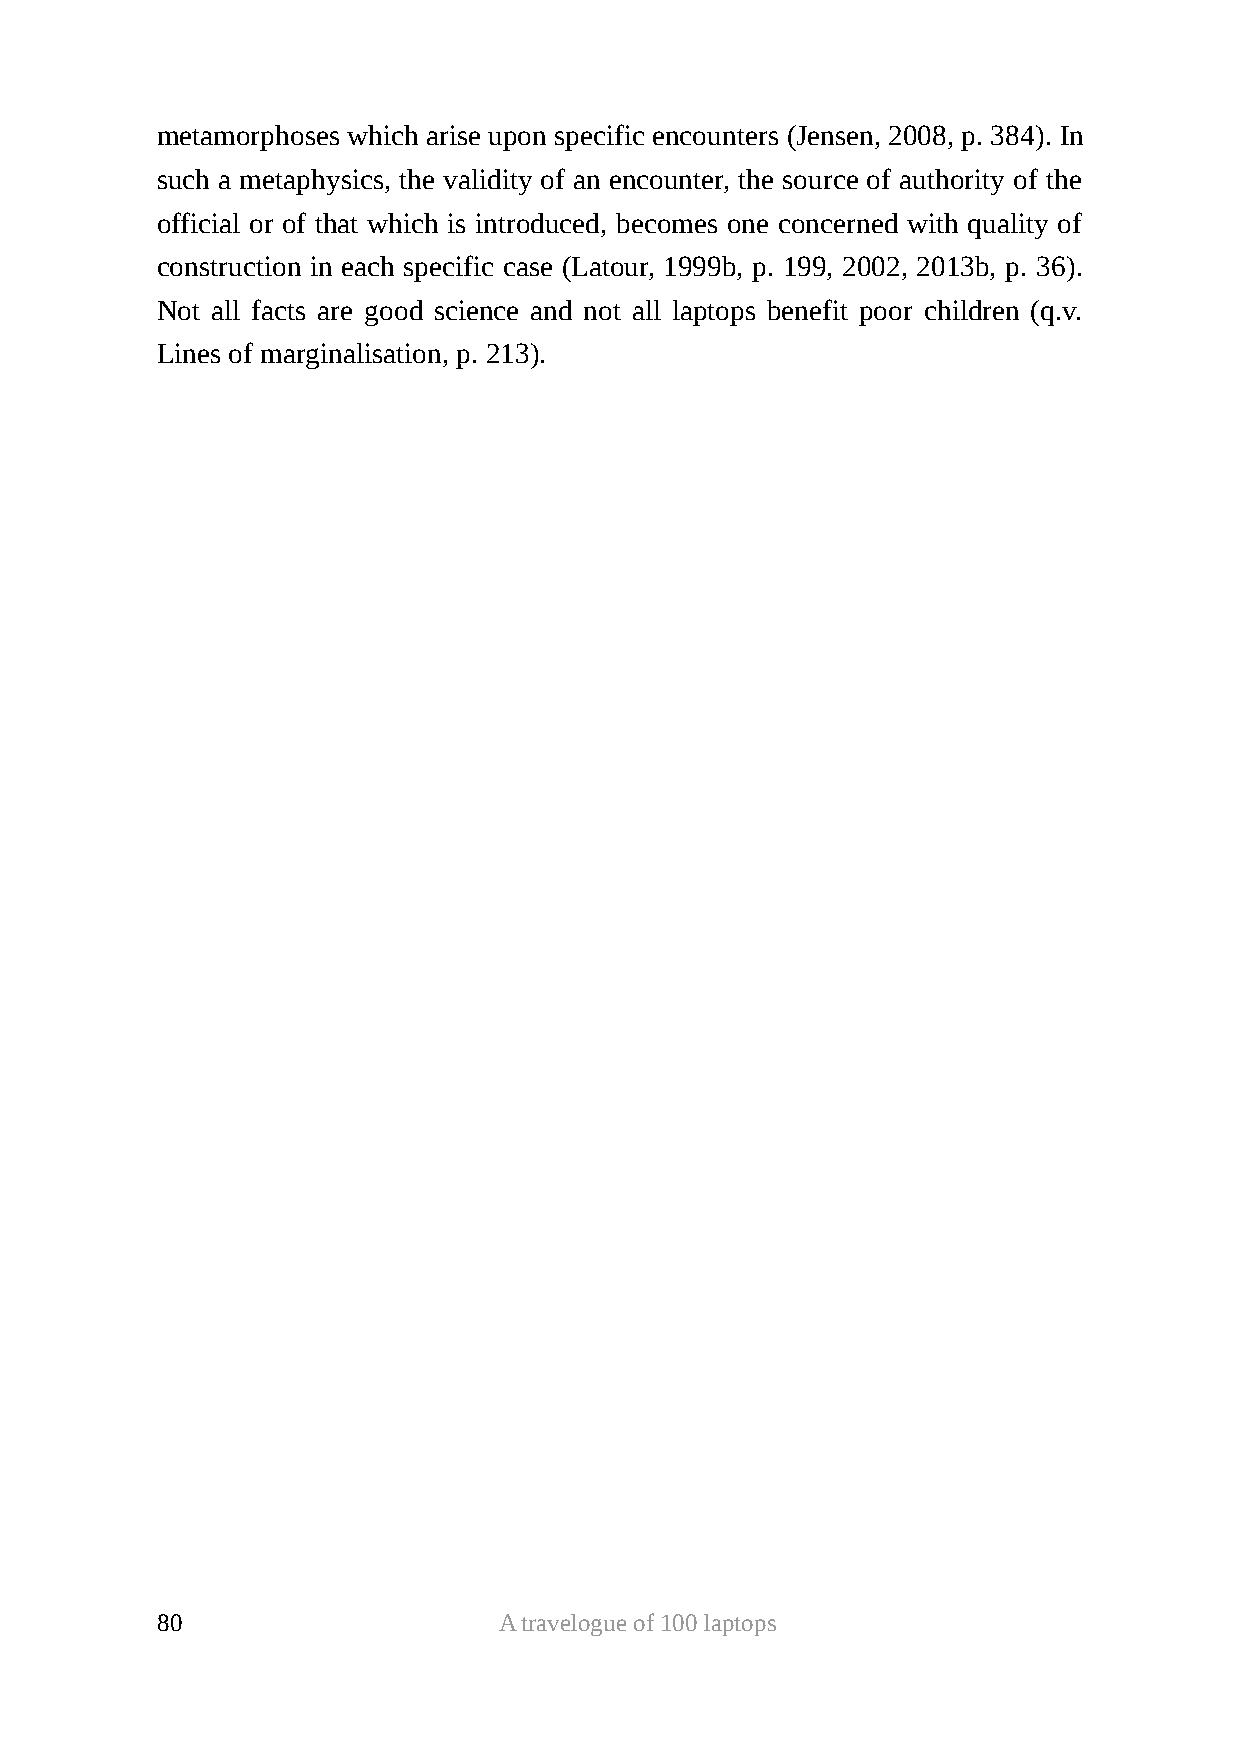
metamorphoses which arise upon specific encounters (Jensen, 2008, p. 384). In
 such a metaphysics, the validity of an encounter, the source of authority of the
 official or of that which is introduced, becomes one concerned with quality of
 construction in each specific case (Latour, 1999b, p. 199, 2002, 2013b, p. 36).
 Not all facts are good science and not all laptops benefit poor children (q.v.
 Lines of marginalisation, p. 213).
 80                     A travelogue of 100 laptops